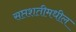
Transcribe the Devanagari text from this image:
सप्तशतीमधील